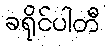
ခရိုင်ပါတီ